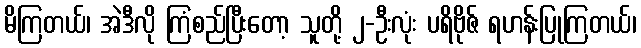
မိကြတယ်၊ အဲဒီလို ကြံစည်ပြီးတော့ သူတို့ ၂-ဦးလုံး ပရိဗိုဇ် ရဟန်းပြုကြတယ်၊